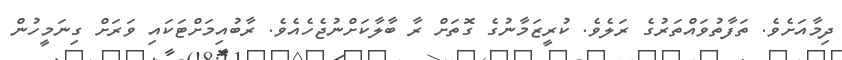
ދިމާއަށެވެ. ތަފާތުވައްތަރުގެ ރަލެވެ. ކުރީޒަމާނުގެ ގޮތަށް ރާ ބާލާކަށްނުޖެހެއެވެ. ރާބުއިމަށްޓަކައި ވަރަށް ގިނަމީހުން